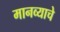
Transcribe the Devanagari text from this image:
मानव्याचे